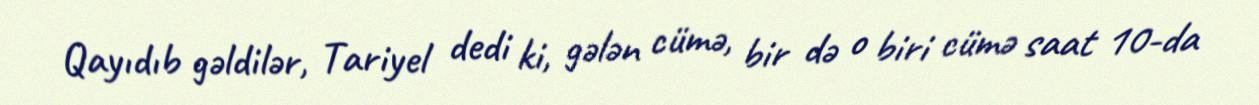
Qayıdıb gəldilər, Tariyel dedi ki, gələn cümə, bir də o biri cümə saat 10-da